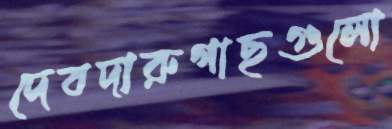
দেবদারুগাছগুলো